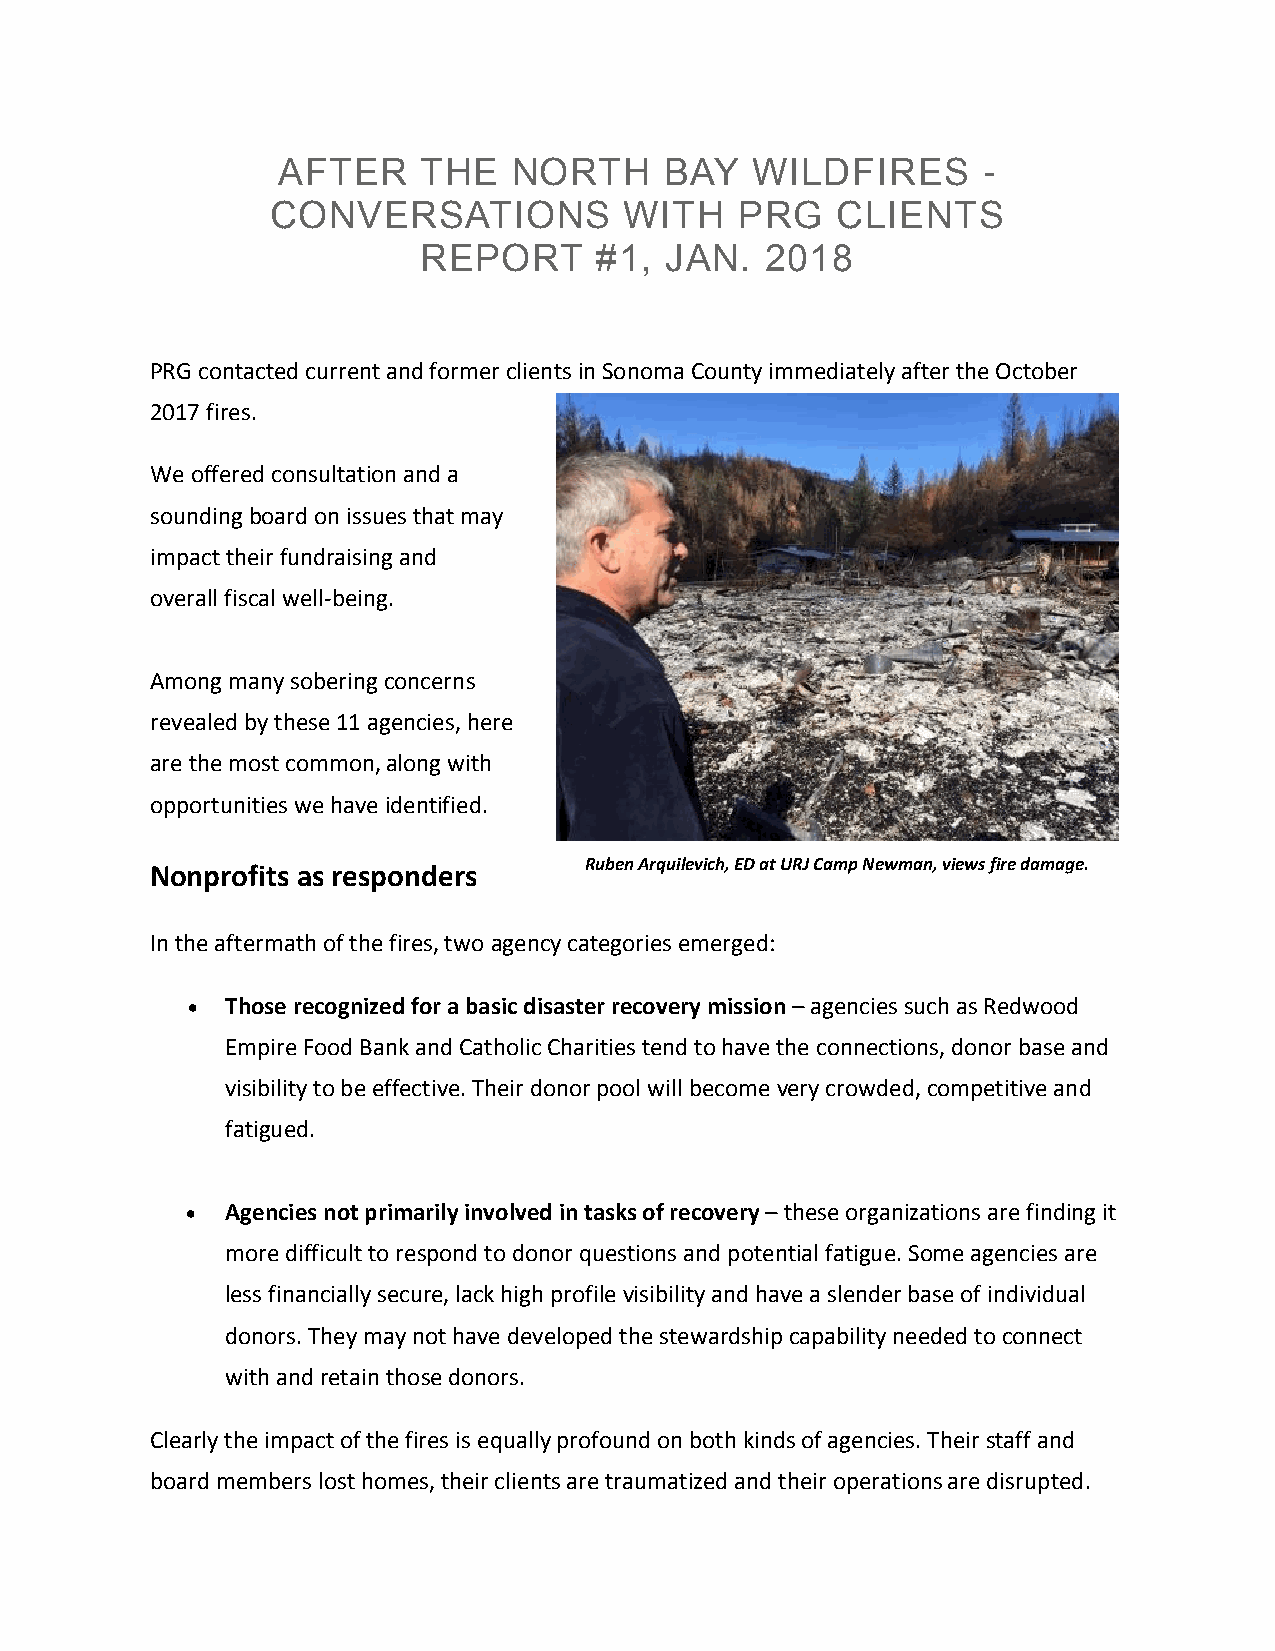
AFTER     THE   NORTH     BAY   WILDFIRES      -
 CONVERSATIONS          WITH    PRG   CLIENTS
 REPORT     #1,  JAN.   2018
 PRG contacted current and former clients in Sonoma County immediately after the October
 2017 fires.
 We offered consultation and a
 sounding board on issues that may
 impact their fundraising and
 overall fiscal well-being.
 Among many sobering concerns
 revealed by these 11 agencies, here
 are the most common, along with
 opportunities we have identified.
 Ruben Arquilevich, ED at URJ Camp Newman, views fire damage.
 Nonprofits as responders
 In the aftermath of the fires, two agency categories emerged:
   Those recognized for a basic disaster recovery mission – agencies such as Redwood
 Empire Food Bank and Catholic Charities tend to have the connections, donor base and
 visibility to be effective. Their donor pool will become very crowded, competitive and
 fatigued.
   Agencies not primarily involved in tasks of recovery – these organizations are finding it
 more difficult to respond to donor questions and potential fatigue. Some agencies are
 less financially secure, lack high profile visibility and have a slender base of individual
 donors. They may not have developed the stewardship capability needed to connect
 with and retain those donors.
 Clearly the impact of the fires is equally profound on both kinds of agencies. Their staff and
 board members lost homes, their clients are traumatized and their operations are disrupted.